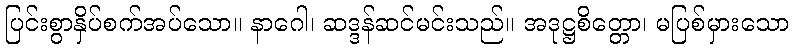
ပြင်းစွာနှိပ်စက်အပ်သော။ နာဂေါ၊ ဆဒ္ဒန်ဆင်မင်းသည်။ အဒုဋ္ဌစိတ္တော၊ မပြစ်မှားသော